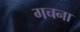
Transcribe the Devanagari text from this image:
गचना